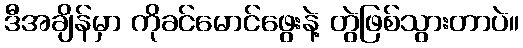
ဒီအချိန်မှာ ကိုခင်မောင်ဖွေးနဲ့ တွဲဖြစ်သွားတာပဲ။